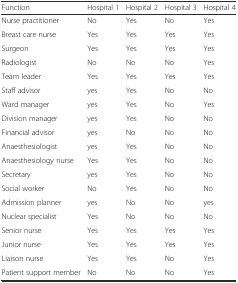
<table><thead><tr><td><b>Function</b></td><td><b>Hospital 1</b></td><td><b>Hospital 2</b></td><td><b>Hospital 3</b></td><td><b>Hospital 4</b></td></tr></thead><tbody><tr><td>Nurse practitioner</td><td>No</td><td>Yes</td><td>No</td><td>Yes</td></tr><tr><td>Breast care nurse</td><td>Yes</td><td>Yes</td><td>Yes</td><td>Yes</td></tr><tr><td>Surgeon</td><td>Yes</td><td>Yes</td><td>Yes</td><td>Yes</td></tr><tr><td>Radiologist</td><td>No</td><td>No</td><td>No</td><td>Yes</td></tr><tr><td>Team leader</td><td>Yes</td><td>Yes</td><td>Yes</td><td>Yes</td></tr><tr><td>Staff advisor</td><td>yes</td><td>Yes</td><td>No</td><td>No</td></tr><tr><td>Ward manager</td><td>yes</td><td>Yes</td><td>No</td><td>Yes</td></tr><tr><td>Division manager</td><td>yes</td><td>Yes</td><td>No</td><td>No</td></tr><tr><td>Financial advisor</td><td>yes</td><td>No</td><td>No</td><td>No</td></tr><tr><td>Anaesthesiologist</td><td>yes</td><td>Yes</td><td>No</td><td>No</td></tr><tr><td>Anaesthesiology nurse</td><td>Yes</td><td>Yes</td><td>No</td><td>No</td></tr><tr><td>Secretary</td><td>yes</td><td>Yes</td><td>No</td><td>No</td></tr><tr><td>Social worker</td><td>No</td><td>Yes</td><td>No</td><td>No</td></tr><tr><td>Admission planner</td><td>yes</td><td>No</td><td>No</td><td>yes</td></tr><tr><td>Nuclear specialist</td><td>Yes</td><td>No</td><td>No</td><td>No</td></tr><tr><td>Senior nurse</td><td>Yes</td><td>Yes</td><td>Yes</td><td>Yes</td></tr><tr><td>Junior nurse</td><td>Yes</td><td>Yes</td><td>Yes</td><td>Yes</td></tr><tr><td>Liaison nurse</td><td>Yes</td><td>Yes</td><td>No</td><td>Yes</td></tr><tr><td>Patient support member</td><td>No</td><td>No</td><td>No</td><td>Yes</td></tr></tbody></table>